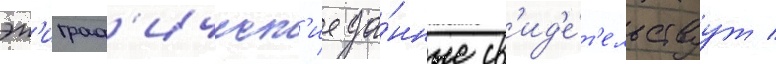
эп'играф'ическ'ие да́нные св'ид'е́т'ельствуут /